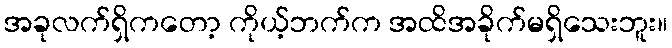
အခုလက်ရှိကတော့ ကိုယ့်ဘက်က အထိအခိုက်မရှိသေးဘူး။